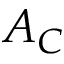
A _ { C }